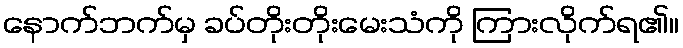
နောက်ဘက်မှ ခပ်တိုးတိုးမေးသံကို ကြားလိုက်ရ၏။